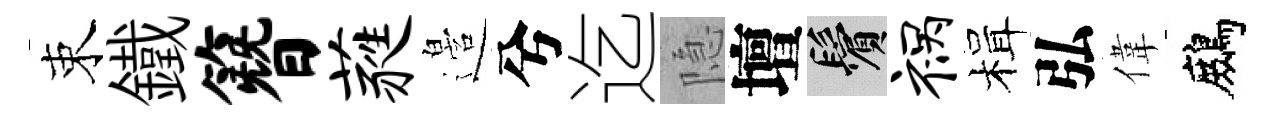
束鐵簪蕤邉兮迄隐壇鬢祸楫弘偉鷓